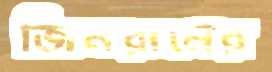
জিনরানের